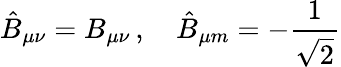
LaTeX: \hat{B}_{\mu\nu}=B_{\mu\nu}\, ,\ \ \ \ \hat{B}_{\mu m}=-\frac{1}{\sqrt{2}}